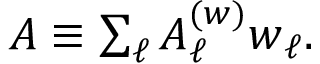
\begin{array} { r } { \boldsymbol { A } \equiv \sum _ { \ell } A _ { \ell } ^ { ( w ) } \boldsymbol { w } _ { \ell } . } \end{array}